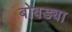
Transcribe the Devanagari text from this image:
बोबड्या